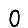
Digit: 0